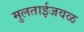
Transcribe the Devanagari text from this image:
मुलताईजवळ